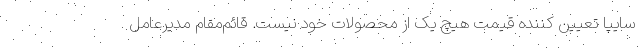
سايپا تعيين كننده قيمت هيچ یک از محصولات خود نيست. قائم‌مقام مديرعامل